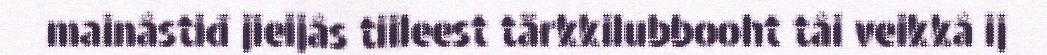
mainâstiđ jieijâs tiileest tärkkilubbooht tâi veikkâ ij